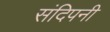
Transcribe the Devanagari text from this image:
संदिपनी